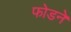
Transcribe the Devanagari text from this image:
फोडने